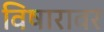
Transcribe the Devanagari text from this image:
विषारावर